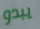
يبدو